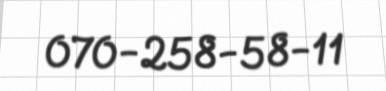
070-258-58-11